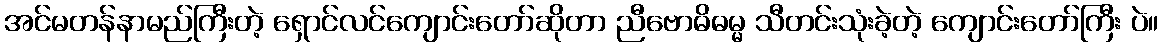
အင်မတန်နာမည်ကြီးတဲ့ ရှောင်လင်ကျောင်းတော်ဆိုတာ ညီဗောဓိဓမ္မ သီတင်းသုံးခဲ့တဲ့ ကျောင်းတော်ကြီး ပဲ။